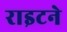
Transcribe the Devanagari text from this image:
राइटने